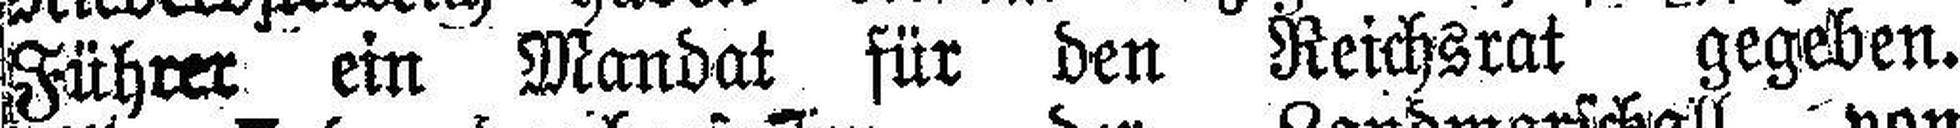
Führer ein Mandat für den Reichsrat gegeben.